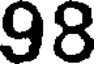
98